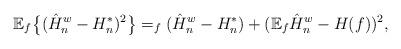
LaTeX: \begin{align*}\mathbb{E}_f\bigl\{(\hat{H}_n^w - H_n^*)^2\bigr\} = _f( \hat{H}_n^w - H_n^*) + ( \mathbb{E}_f \hat{H}_n^w - H(f))^2,\end{align*}